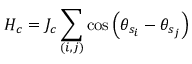
H _ { c } = J _ { c } \sum _ { ( i , j ) } \cos \left( \theta _ { s _ { i } } - \theta _ { s _ { j } } \right)